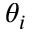
\theta _ { i }